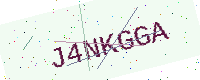
Text: J4NKGGA